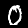
Label: 0